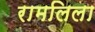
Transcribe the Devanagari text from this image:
रामलिला